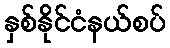
နှစ်နိုင်ငံနယ်စပ်